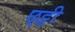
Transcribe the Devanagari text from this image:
छ्ट्टी